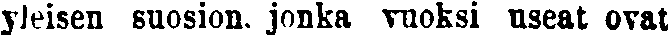
yleisen suosion. jonka vuoksi useat ovat